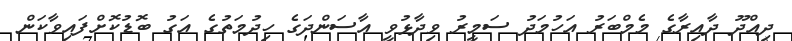
ދިއްދޫ ދާއިރާގެ މެމްބަރު އަހުމަދު ސަމީރު ވިދާޅުވީ އާސަންދަގެ ހިދުމަތުގެ އަގު ބޮޑުކޮށްފައިވާކަން